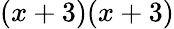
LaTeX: (x+3)(x+3)